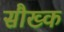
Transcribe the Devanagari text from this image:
सौख्क